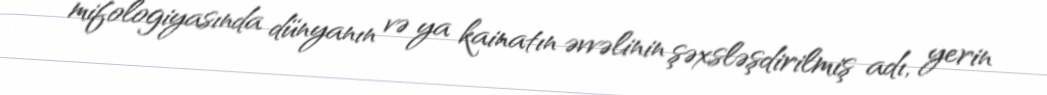
mifologiyasında dünyanın və ya kainatın əvvəlinin şəxsləşdirilmiş adı, yerin